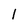
Character: l